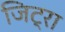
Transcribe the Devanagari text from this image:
जिट्रा